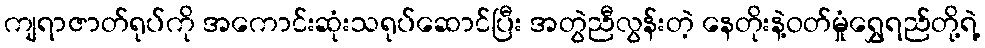
ကျရာဇာတ်ရုပ်ကို အကောင်းဆုံးသရုပ်ဆောင်ပြီး အတွဲညီလွန်းတဲ့ နေတိုးနဲ့ဝတ်မှုံရွှေရည်တို့ရဲ့